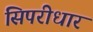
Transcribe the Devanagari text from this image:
सिपरीधार